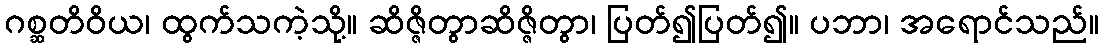
ဂစ္ဆတိဝိယ၊ ထွက်သကဲ့သို့။ ဆိဇ္ဇိတွာဆိဇ္ဇိတွာ၊ ပြတ်၍ပြတ်၍။ ပဘာ၊ အရောင်သည်။